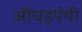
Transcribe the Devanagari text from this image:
औघड़पंथी